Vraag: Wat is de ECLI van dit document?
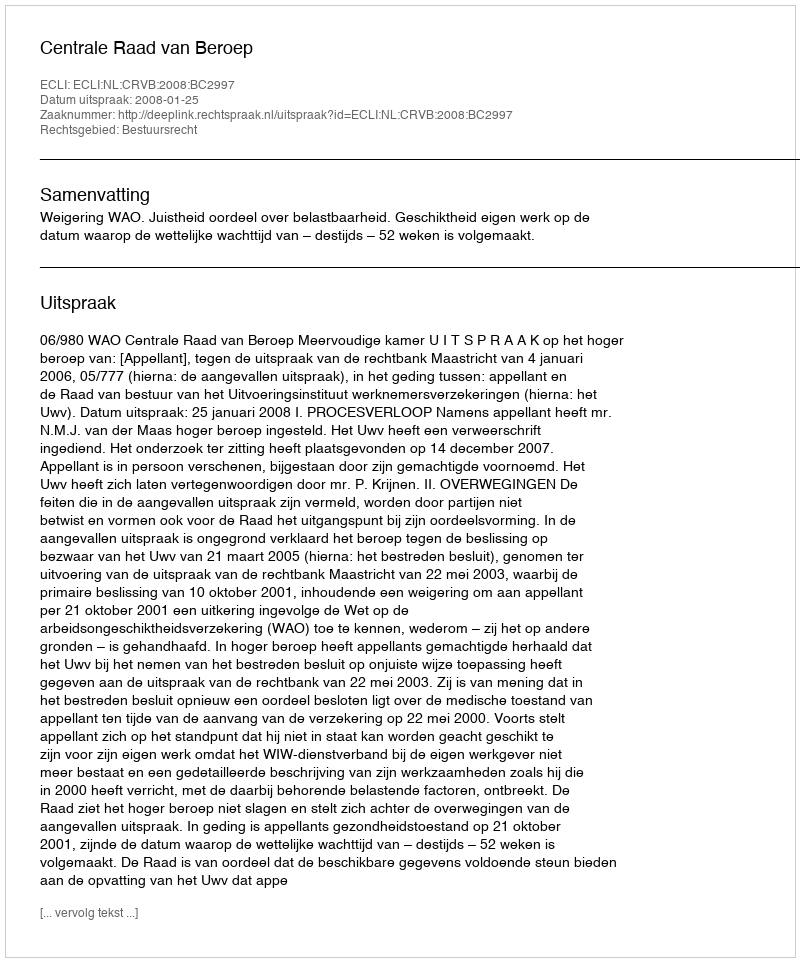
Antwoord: ECLI:NL:CRVB:2008:BC2997